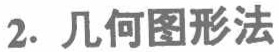
2. 几何图形法